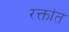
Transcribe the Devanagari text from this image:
रक्तांत